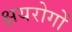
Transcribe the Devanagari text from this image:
क्षयरोगों